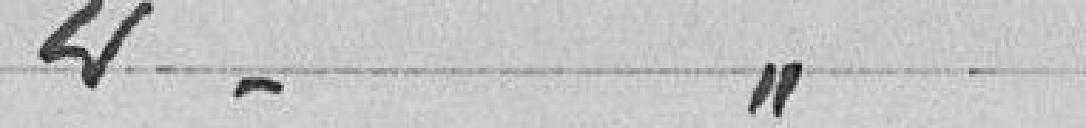
2° - Ecole de